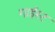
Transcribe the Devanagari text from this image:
गाईस्ट